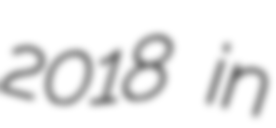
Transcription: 2018 in